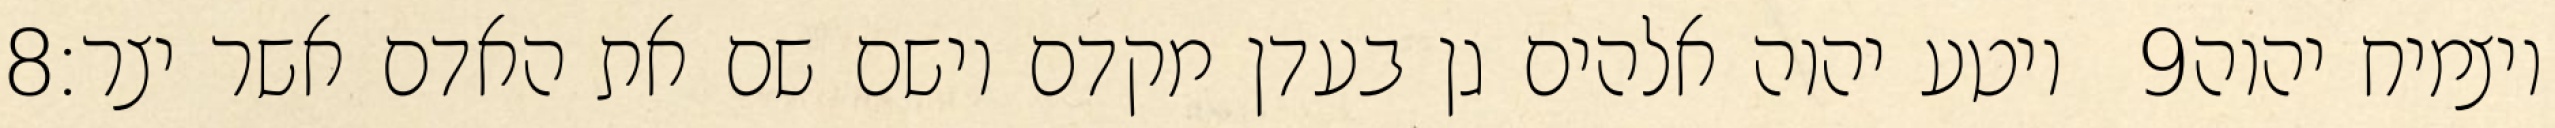
‎8‏ ויטע יהוה אלהים גן בעדן מקדם וישם שם את האדם אשר יצר׃ ‎9‏ ויצמיח יהוה